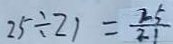
2 5 \div 2 1 = \frac { 2 5 } { 2 1 }